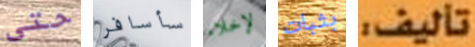
حتى سأسافر لإخلاء بثبات تأليف